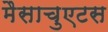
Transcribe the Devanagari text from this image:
मैसाचुएटस